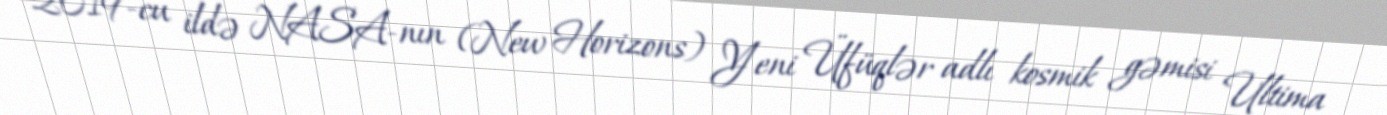
2019-cu ildə NASA-nın (New Horizons) Yeni Üfüqlər adlı kosmik gəmisi Ultima